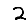
Digit: 2